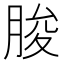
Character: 朘